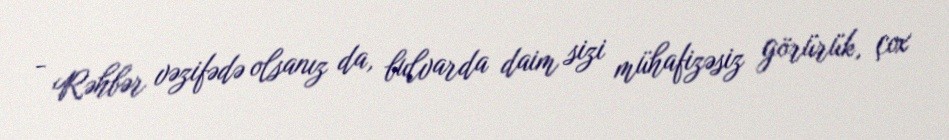
- Rəhbər vəzifədə olsanız da, bulvarda daim sizi mühafizəsiz görürük, çox